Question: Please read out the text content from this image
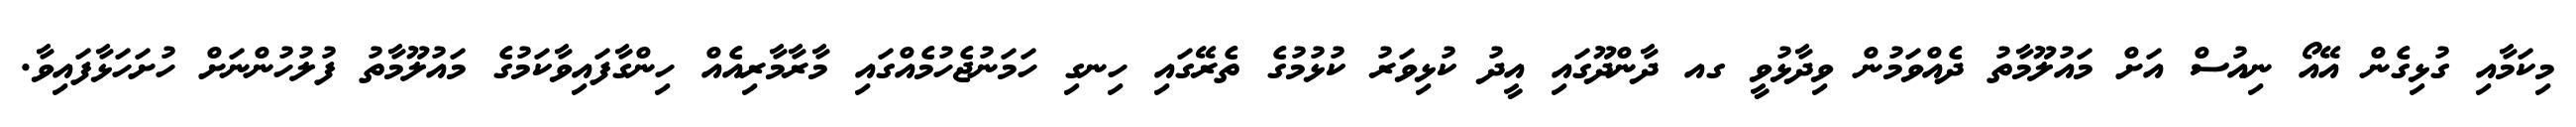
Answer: މިކަމާއި ގުޅިގެން އޭއޯ ނިއުސް އަށް މައުލޫމާތު ދެއްވަމުން ވިދާޅުވީ ގއ ދާންދޫގައި އީދު ކުޅިވަރު ކުޅުމުގެ ތެރޭގައި ހިނގި ހަމަނުޖެހުމެއްގައި މާރާމާރިއެއް ހިންގާފައިވާކަމުގެ މައުލޫމާތު ފުލުހުންނަށް ހުށަހަޅާފައިވާ.